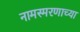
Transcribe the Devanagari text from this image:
नामस्मरणाच्या